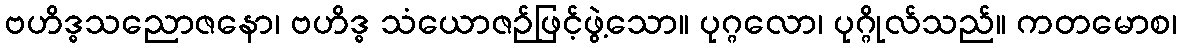
ဗဟိဒ္ဓသညောဇနော၊ ဗဟိဒ္ဓ သံယောဇဉ်ဖြင့်ဖွဲ့သော။ ပုဂ္ဂလော၊ ပုဂ္ဂိုလ်သည်။ ကတမောစ၊